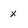
Character: x